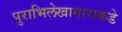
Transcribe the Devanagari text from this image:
पुराभिलेखागाराकडे